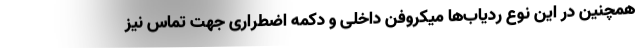
همچنین در این نوع ردیاب‌ها میکروفن داخلی و دکمه اضطراری جهت تماس نیز